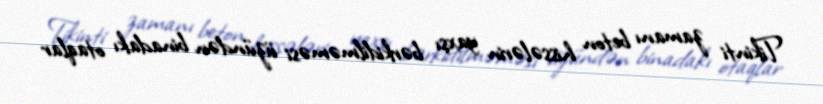
Tikinti zamanı beton hissələrin yaxşı bərkidilməməsi üzündən binadakı otaqlar